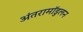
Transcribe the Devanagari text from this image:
अंतरामॉडुलन